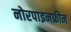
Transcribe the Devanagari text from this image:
नोरपाइनफ्रीन